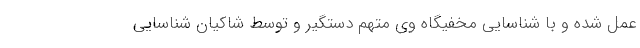
عمل شده و با شناسایی مخفیگاه وی متهم دستگیر و توسط شاکیان شناسایی